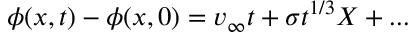
\phi ( x , t ) - \phi ( x , 0 ) = v _ { \infty } t + \sigma t ^ { 1 / 3 } X + . . .